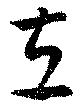
左